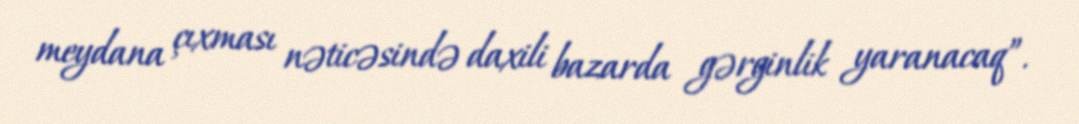
meydana çıxması nəticəsində daxili bazarda gərginlik yaranacaq”.